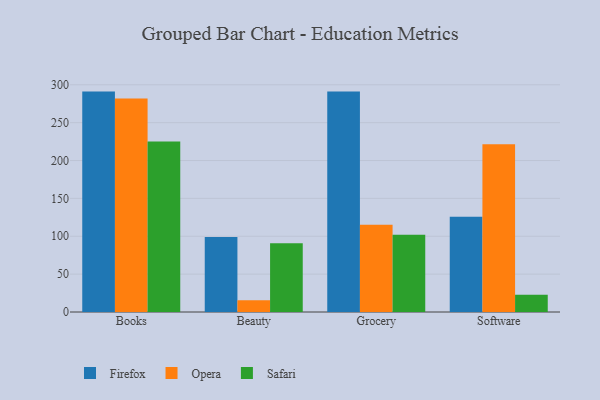
{"axis": {"x": "Category", "y": "Latency (ms)"}, "legend": ["Firefox", "Opera", "Safari"], "data": [{"x": "Books", "y": 291.0, "type": "Firefox"}, {"x": "Books", "y": 281.8, "type": "Opera"}, {"x": "Books", "y": 225.2, "type": "Safari"}, {"x": "Beauty", "y": 98.9, "type": "Firefox"}, {"x": "Beauty", "y": 15.6, "type": "Opera"}, {"x": "Beauty", "y": 90.8, "type": "Safari"}, {"x": "Grocery", "y": 291.0, "type": "Firefox"}, {"x": "Grocery", "y": 115.2, "type": "Opera"}, {"x": "Grocery", "y": 101.9, "type": "Safari"}, {"x": "Software", "y": 125.6, "type": "Firefox"}, {"x": "Software", "y": 221.6, "type": "Opera"}, {"x": "Software", "y": 22.9, "type": "Safari"}]}